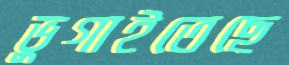
ভুগাইতেছে